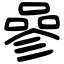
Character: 𠻝